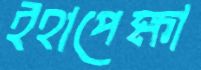
ইহাপেক্ষা